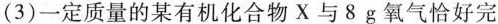
(3)一定质量的某有机化合物X与8g氧气恰好完